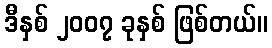
ဒီနှစ် ၂၀၀၇ ခုနှစ် ဖြစ်တယ်။